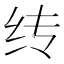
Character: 䌸